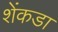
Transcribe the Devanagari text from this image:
शेंकडा